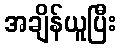
အချိန်ယူပြီး